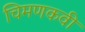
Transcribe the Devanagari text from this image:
चिमणकवी